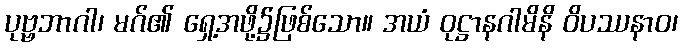
ပုဗ္ဗဘာဂါ၊ မဂ်၏ ရှေ့အဖို့၌ဖြစ်သော။ အယံ ဝုဋ္ဌာနဂါမိနိ ဝိပဿနာဝ၊